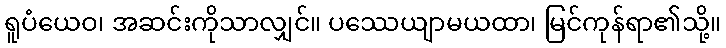
ရူပံယေဝ၊ အဆင်းကိုသာလျှင်။ ပဿေယျာမယထာ၊ မြင်ကုန်ရာ၏သို့။